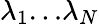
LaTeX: \lambda_{1}\le\ldots\le\lambda_{N}